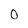
Character: 0